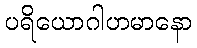
ပရိယောဂါဟမာနော